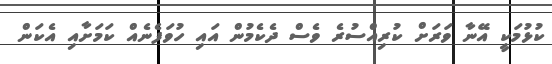
ކުޅުމަކީ އޭނާ ވަރަށް ކުރިއްސުރެ ވެސް ދެކެމުން އައި ހުވަފެނެއް ކަމަށާއި އެކަން